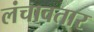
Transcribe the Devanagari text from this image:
लंचावतार